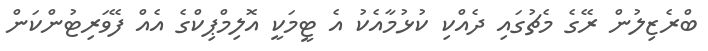
ބްރެޒިލުން ރޭގެ މެޗުގައި ދެއްކި ކުޅުމާއެކު އެ ޓީމަކީ އޮލިމްޕިކްގެ އެއް ފޭވަރިޓުންކަން